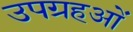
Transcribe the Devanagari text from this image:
उपग्रहओं